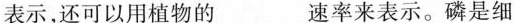
表示，还可以用植物的___速率来表示。磷是细